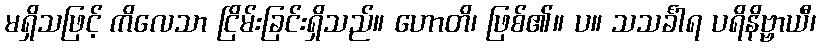
မရှိသဖြင့် ကိလေသာ ငြိမ်းခြင်းရှိသည်။ ဟောတိ၊ ဖြစ်၏။ ပ။ သသင်္ခါရ ပရိနိဗ္ဗာယီ၊